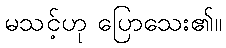
မသင့်ဟု ပြောသေး၏။